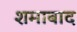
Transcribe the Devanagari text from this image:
शमाबाद